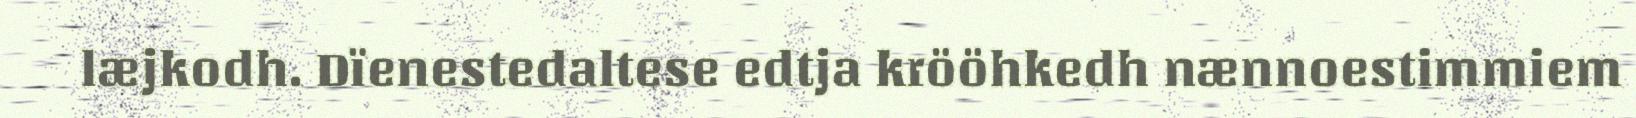
læjkodh. Dïenestedaltese edtja krööhkedh nænnoestimmiem